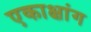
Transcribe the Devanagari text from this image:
एकाक्षांग